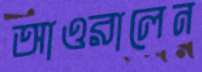
আওরালেন